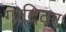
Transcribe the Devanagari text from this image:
गादिवर